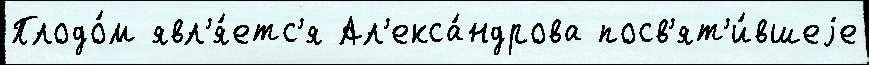
Плодо́м явл'я́етс'я Ал'екса́ндрова посв'ят'и́вшеjе